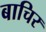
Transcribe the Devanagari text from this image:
बाचिर